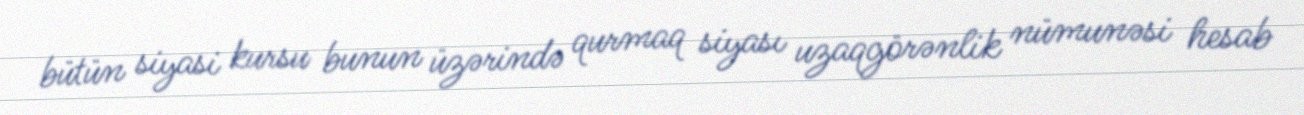
bütün siyasi kursu bunun üzərində qurmaq siyası uzaqgörənlik nümunəsi hesab